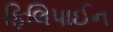
ફિલિપાઈન